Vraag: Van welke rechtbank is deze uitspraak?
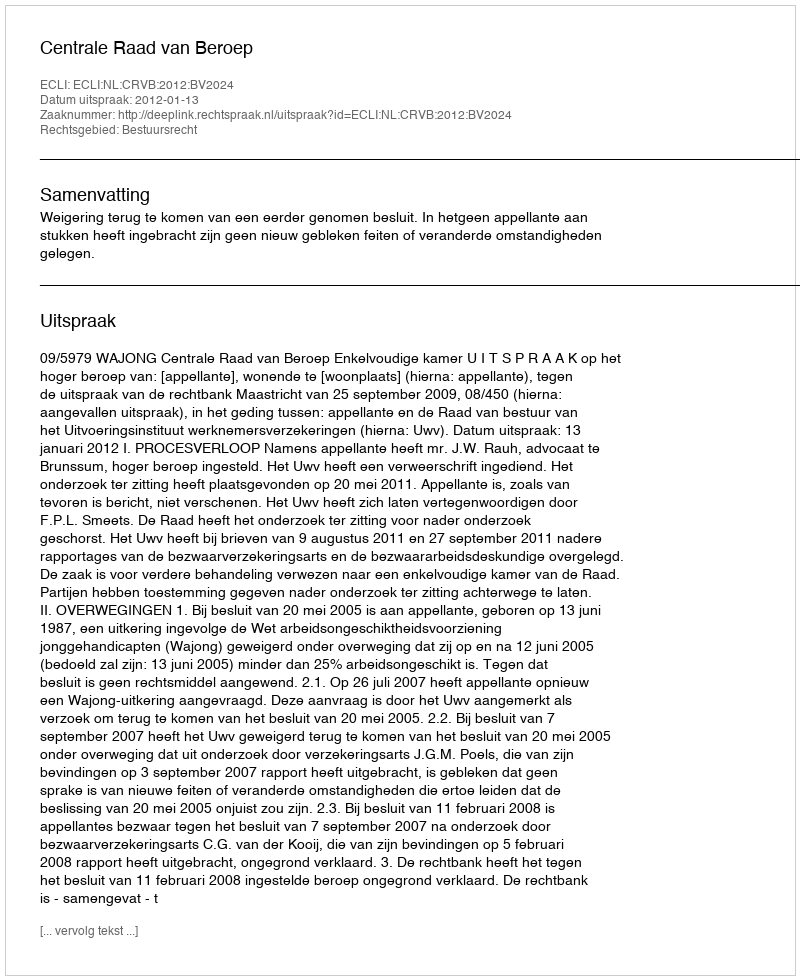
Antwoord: Centrale Raad van Beroep